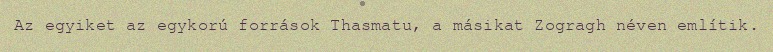
Az egyiket az egykorú források Thasmatu, a másikat Zogragh néven említik.